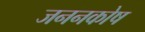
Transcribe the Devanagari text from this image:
जननकोष